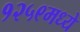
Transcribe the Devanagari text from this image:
१२५९मध्ये